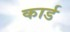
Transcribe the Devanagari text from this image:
कार्ड